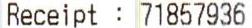
RECEIPT : 71857936